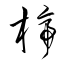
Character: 楴